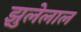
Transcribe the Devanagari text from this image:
झुलेलाल